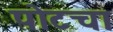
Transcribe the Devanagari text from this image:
पोटचा